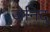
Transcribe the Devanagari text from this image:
जेनिदु